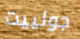
جولييت